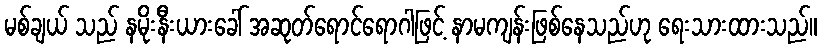
မစ်ချယ် သည် နမိုးနီးယားခေါ် အဆုတ်ရောင်ရောဂါဖြင့် နာမကျန်းဖြစ်နေသည်ဟု ရေးသားထားသည်။